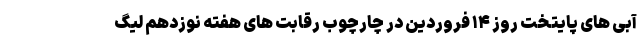
آبی های پایتخت روز ۱۴ فروردین در چارچوب رقابت های هفته نوزدهم لیگ